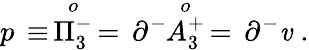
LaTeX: p\, \equiv\, \stackrel{o}{\Pi_{3}^{-}}\, =\, \partial^{-}\! \! \stackrel{o}{A_{3}^{+}}\, =\, \partial^{-}\mathit{v}\; .